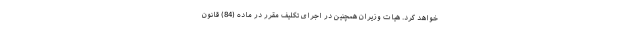
خواهد کرد. هیات وزیران همچنین در اجرای تکلیف مقرر در ماده (84) قانون